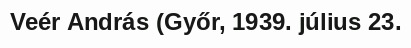
Veér András (Győr, 1939. július 23.